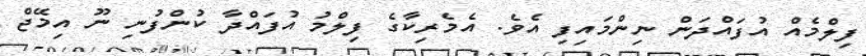
ފިލްމެއް އުފައްދަން ނިންމައިފި އެވެ. އެމެރިކާގެ ފިލްމު އުފައްދާ ކުންފުނި ނޫ އިމޭޖް